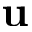
\mathbf { u }